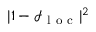
| 1 - \mathcal { I } _ { \mathrm { ~ l ~ o ~ c ~ } } | ^ { 2 }